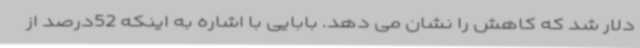
دلار شد که کاهش را نشان می دهد. بابایی با اشاره به اینکه 52درصد از